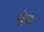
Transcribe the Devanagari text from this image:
चेव